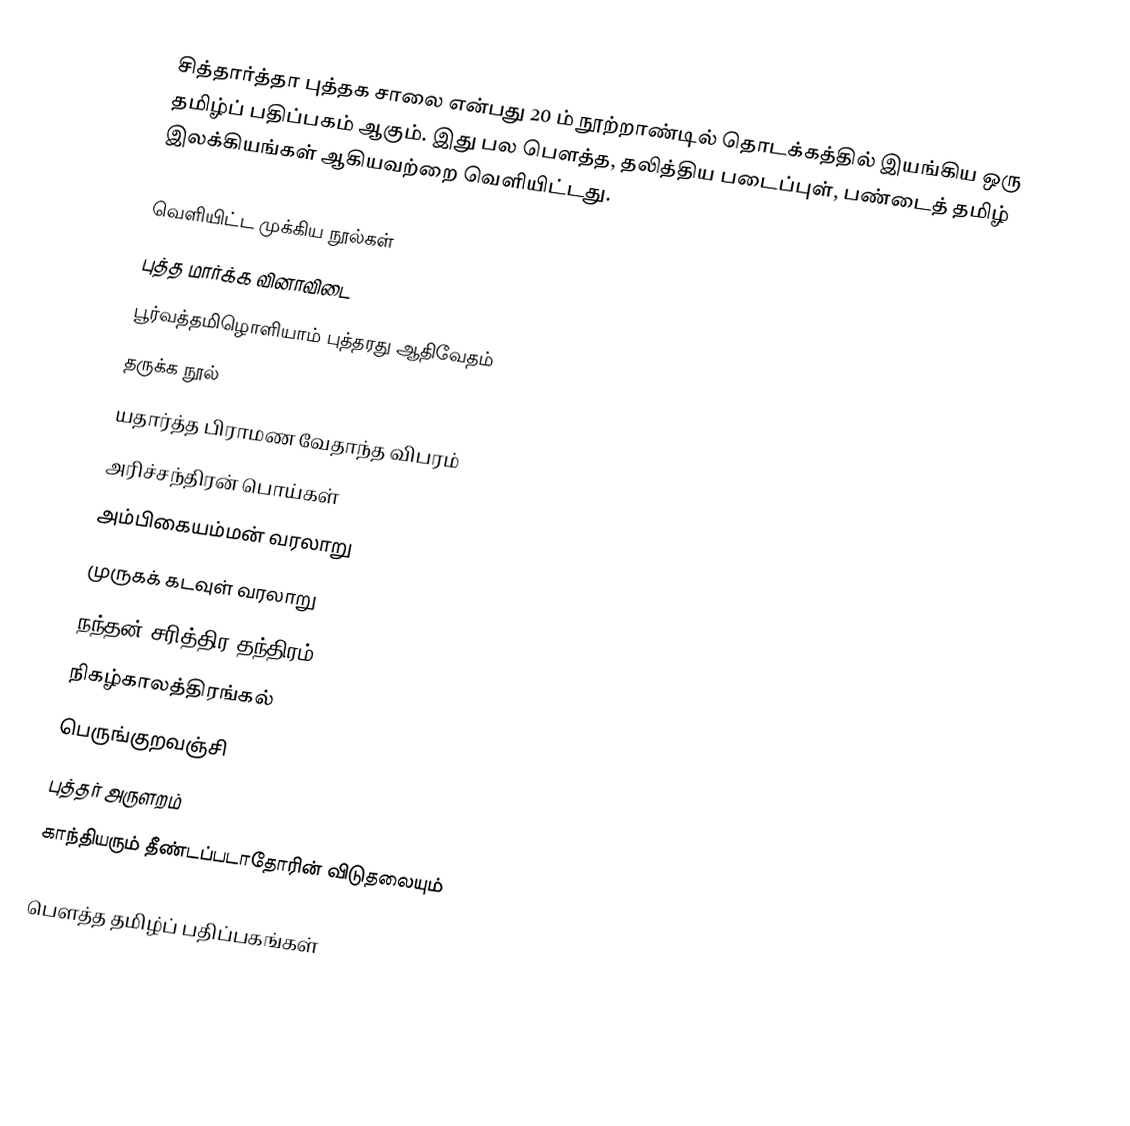
சித்தார்த்தா புத்தக சாலை என்பது 20 ம் நூற்றாண்டில் தொடக்கத்தில் இயங்கிய ஒரு தமிழ்ப் பதிப்பகம் ஆகும்.  இது பல பெளத்த, தலித்திய படைப்புள், பண்டைத் தமிழ் இலக்கியங்கள் ஆகியவற்றை வெளியிட்டது.

வெளியிட்ட முக்கிய நூல்கள்
 புத்த மார்க்க வினாவிடை
 பூர்வத்தமிழொளியாம் புத்தரது ஆதிவேதம்
 தருக்க நூல்
 யதார்த்த பிராமண வேதாந்த விபரம்
 அரிச்சந்திரன் பொய்கள்
 அம்பிகையம்மன் வரலாறு
 முருகக் கடவுள் வரலாறு
 நந்தன் சரித்திர தந்திரம்
 நிகழ்காலத்திரங்கல்
 பெருங்குறவஞ்சி
 புத்தர் அருளறம்
 காந்தியரும் தீண்டப்படாதோரின் விடுதலையும்

பௌத்த தமிழ்ப் பதிப்பகங்கள்